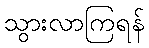
သွားလာကြရန်